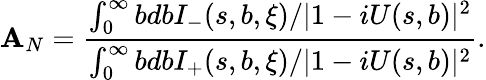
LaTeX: \mathbf{A}_{N}=\frac{{\int_{0}^{\infty}bdbI_{-}(s,b,\xi)/|1-iU(s,b)|^{2}}}{{\int_{0}^{\infty}bdbI_{+}(s,b,\xi)/|1-iU(s,b)|^{2}}}.